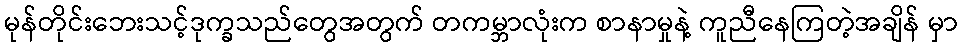
မုန်တိုင်းဘေးသင့်ဒုက္ခသည်တွေအတွက် တကမ္ဘာလုံးက စာနာမှုနဲ့ ကူညီနေကြတဲ့အချိန် မှာ